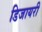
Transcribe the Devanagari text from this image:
डिजायरी